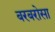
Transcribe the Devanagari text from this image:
बरबरोसा